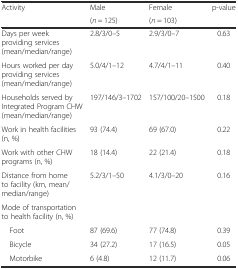
<table><thead><tr><td rowspan="2"><b>Activity</b></td><td><b>Male</b></td><td><b>Female</b></td><td rowspan="2"><b>p-value</b></td></tr><tr><td><b>(<i>n</i> = 125)</b></td><td><b>(<i>n</i> = 103)</b></td></tr></thead><tbody><tr><td>Days per week providing services (mean/median/range)</td><td>2.8/3/0–5</td><td>2.9/3/0–7</td><td>0.63</td></tr><tr><td>Hours worked per day providing services (mean/median/range)</td><td>5.0/4/1–12</td><td>4.7/4/1–11</td><td>0.40</td></tr><tr><td>Households served by Integrated Program CHW (mean/median/range)</td><td>197/146/3–1702</td><td>157/100/20–1500</td><td>0.18</td></tr><tr><td>Work in health facilities (n, %)</td><td>93 (74.4)</td><td>69 (67.0)</td><td>0.22</td></tr><tr><td>Work with other CHW programs (n, %)</td><td>18 (14.4)</td><td>22 (21.4)</td><td>0.18</td></tr><tr><td>Distance from home to facility (km, mean/median/range)</td><td>5.2/3/1–50</td><td>4.1/3/0–20</td><td>0.16</td></tr><tr><td>Mode of transportation to health facility (n, %)</td><td></td><td></td><td></td></tr><tr><td> Foot</td><td>87 (69.6)</td><td>77 (74.8)</td><td>0.39</td></tr><tr><td> Bicycle</td><td>34 (27.2)</td><td>17 (16.5)</td><td>0.05</td></tr><tr><td> Motorbike</td><td>6 (4.8)</td><td>12 (11.7)</td><td>0.06</td></tr></tbody></table>